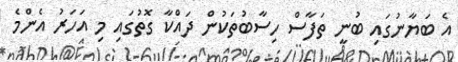
އެ ބަޔާނުގައި ބުނީ ތަފާސް ހިސާބުތަކުން ދައްކާ ގޮތުގައި މި އަހަރު އެންމެ